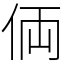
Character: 𠈓